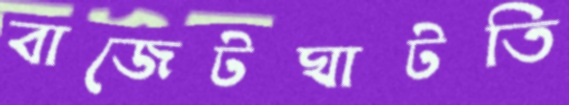
বাজেটঘাটতি